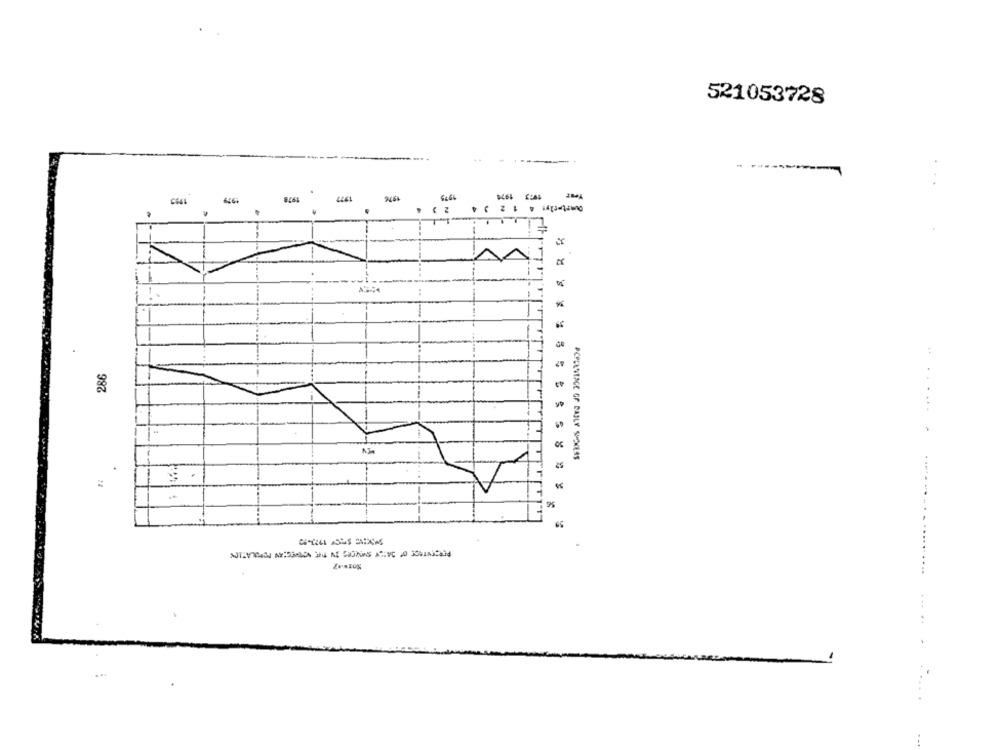
521053728
Quarterly: 4 1 2 3 4
..
*
A7
286
PCPLANTACE OF DAILY SUCKERS
25
-....
65